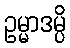
ဥမ္မာဒမ္ပိ